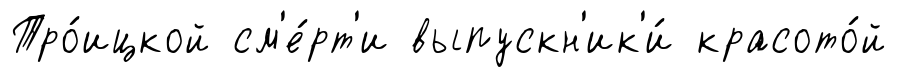
Тро́ицкой см'е́рт'и выпускн'ик'и́ красото́й